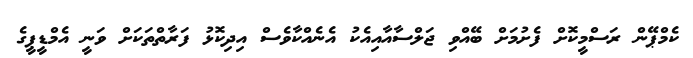
ކެމްޕޭން ރަސްމީކޮށް ފެށުމަށް ބޭއްވި ޖަލްސާއާއިއެކު އެނެއްކާވެސް އިދިކޮޅު ފަރާތްތަކަށް ވަނީ އެމްޑީޕީގެ